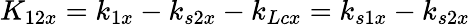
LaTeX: K_{12x}=k_{1x}-k_{s2x}-k_{Lcx}=k_{s1x}-k_{s2x}